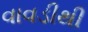
વાવડીથી